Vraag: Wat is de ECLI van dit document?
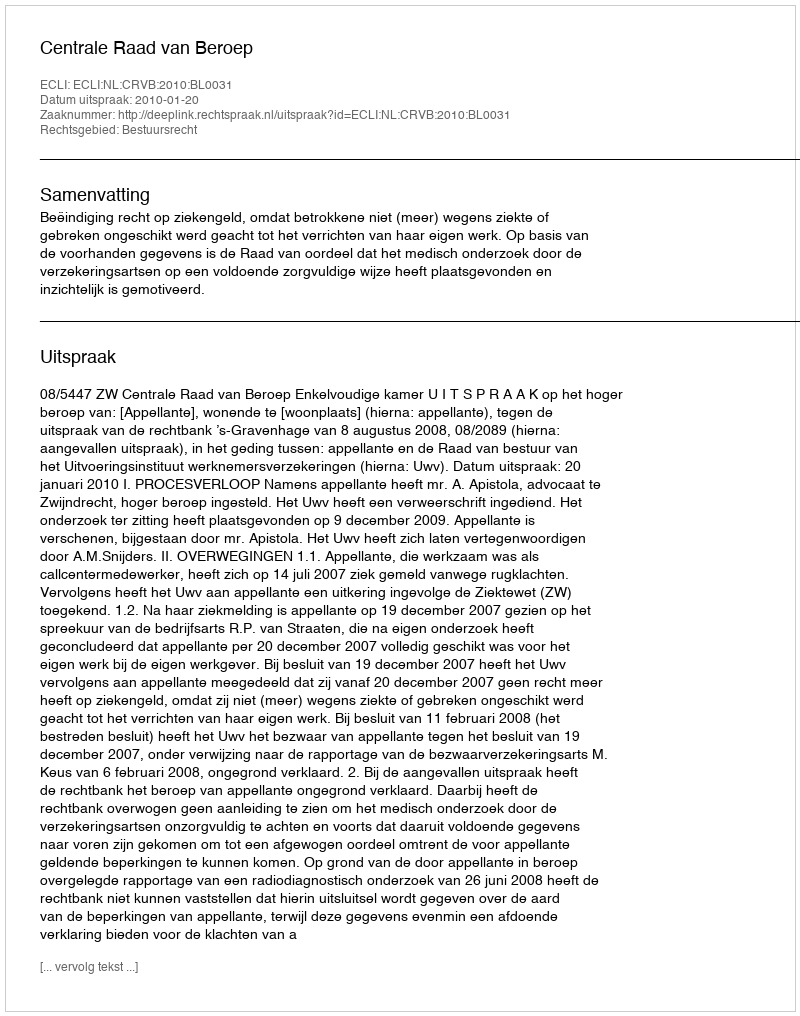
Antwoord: ECLI:NL:CRVB:2010:BL0031